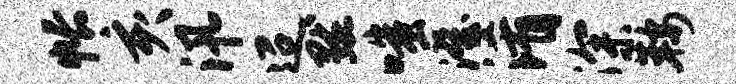
帐亥汛迢默嗤澄淆深鞍